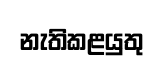
නැතිකළයුතු